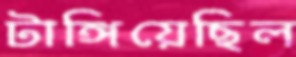
টাঙ্গিয়েছিল